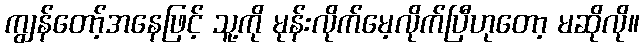
ကျွန်တော့်အနေဖြင့် သူ့ကို မုန်းလိုက်မေ့လိုက်ပြီဟုတော့ မဆိုလို။